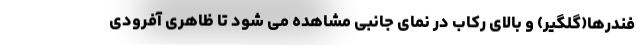
فندرها(گلگیر) و بالای رکاب در نمای جانبی مشاهده می شود تا ظاهری آفرودی